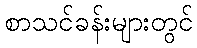
စာသင်ခန်းများတွင်